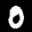
Label: 0